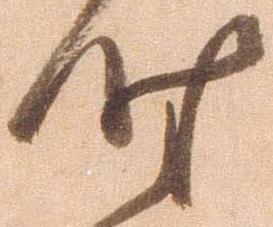
時